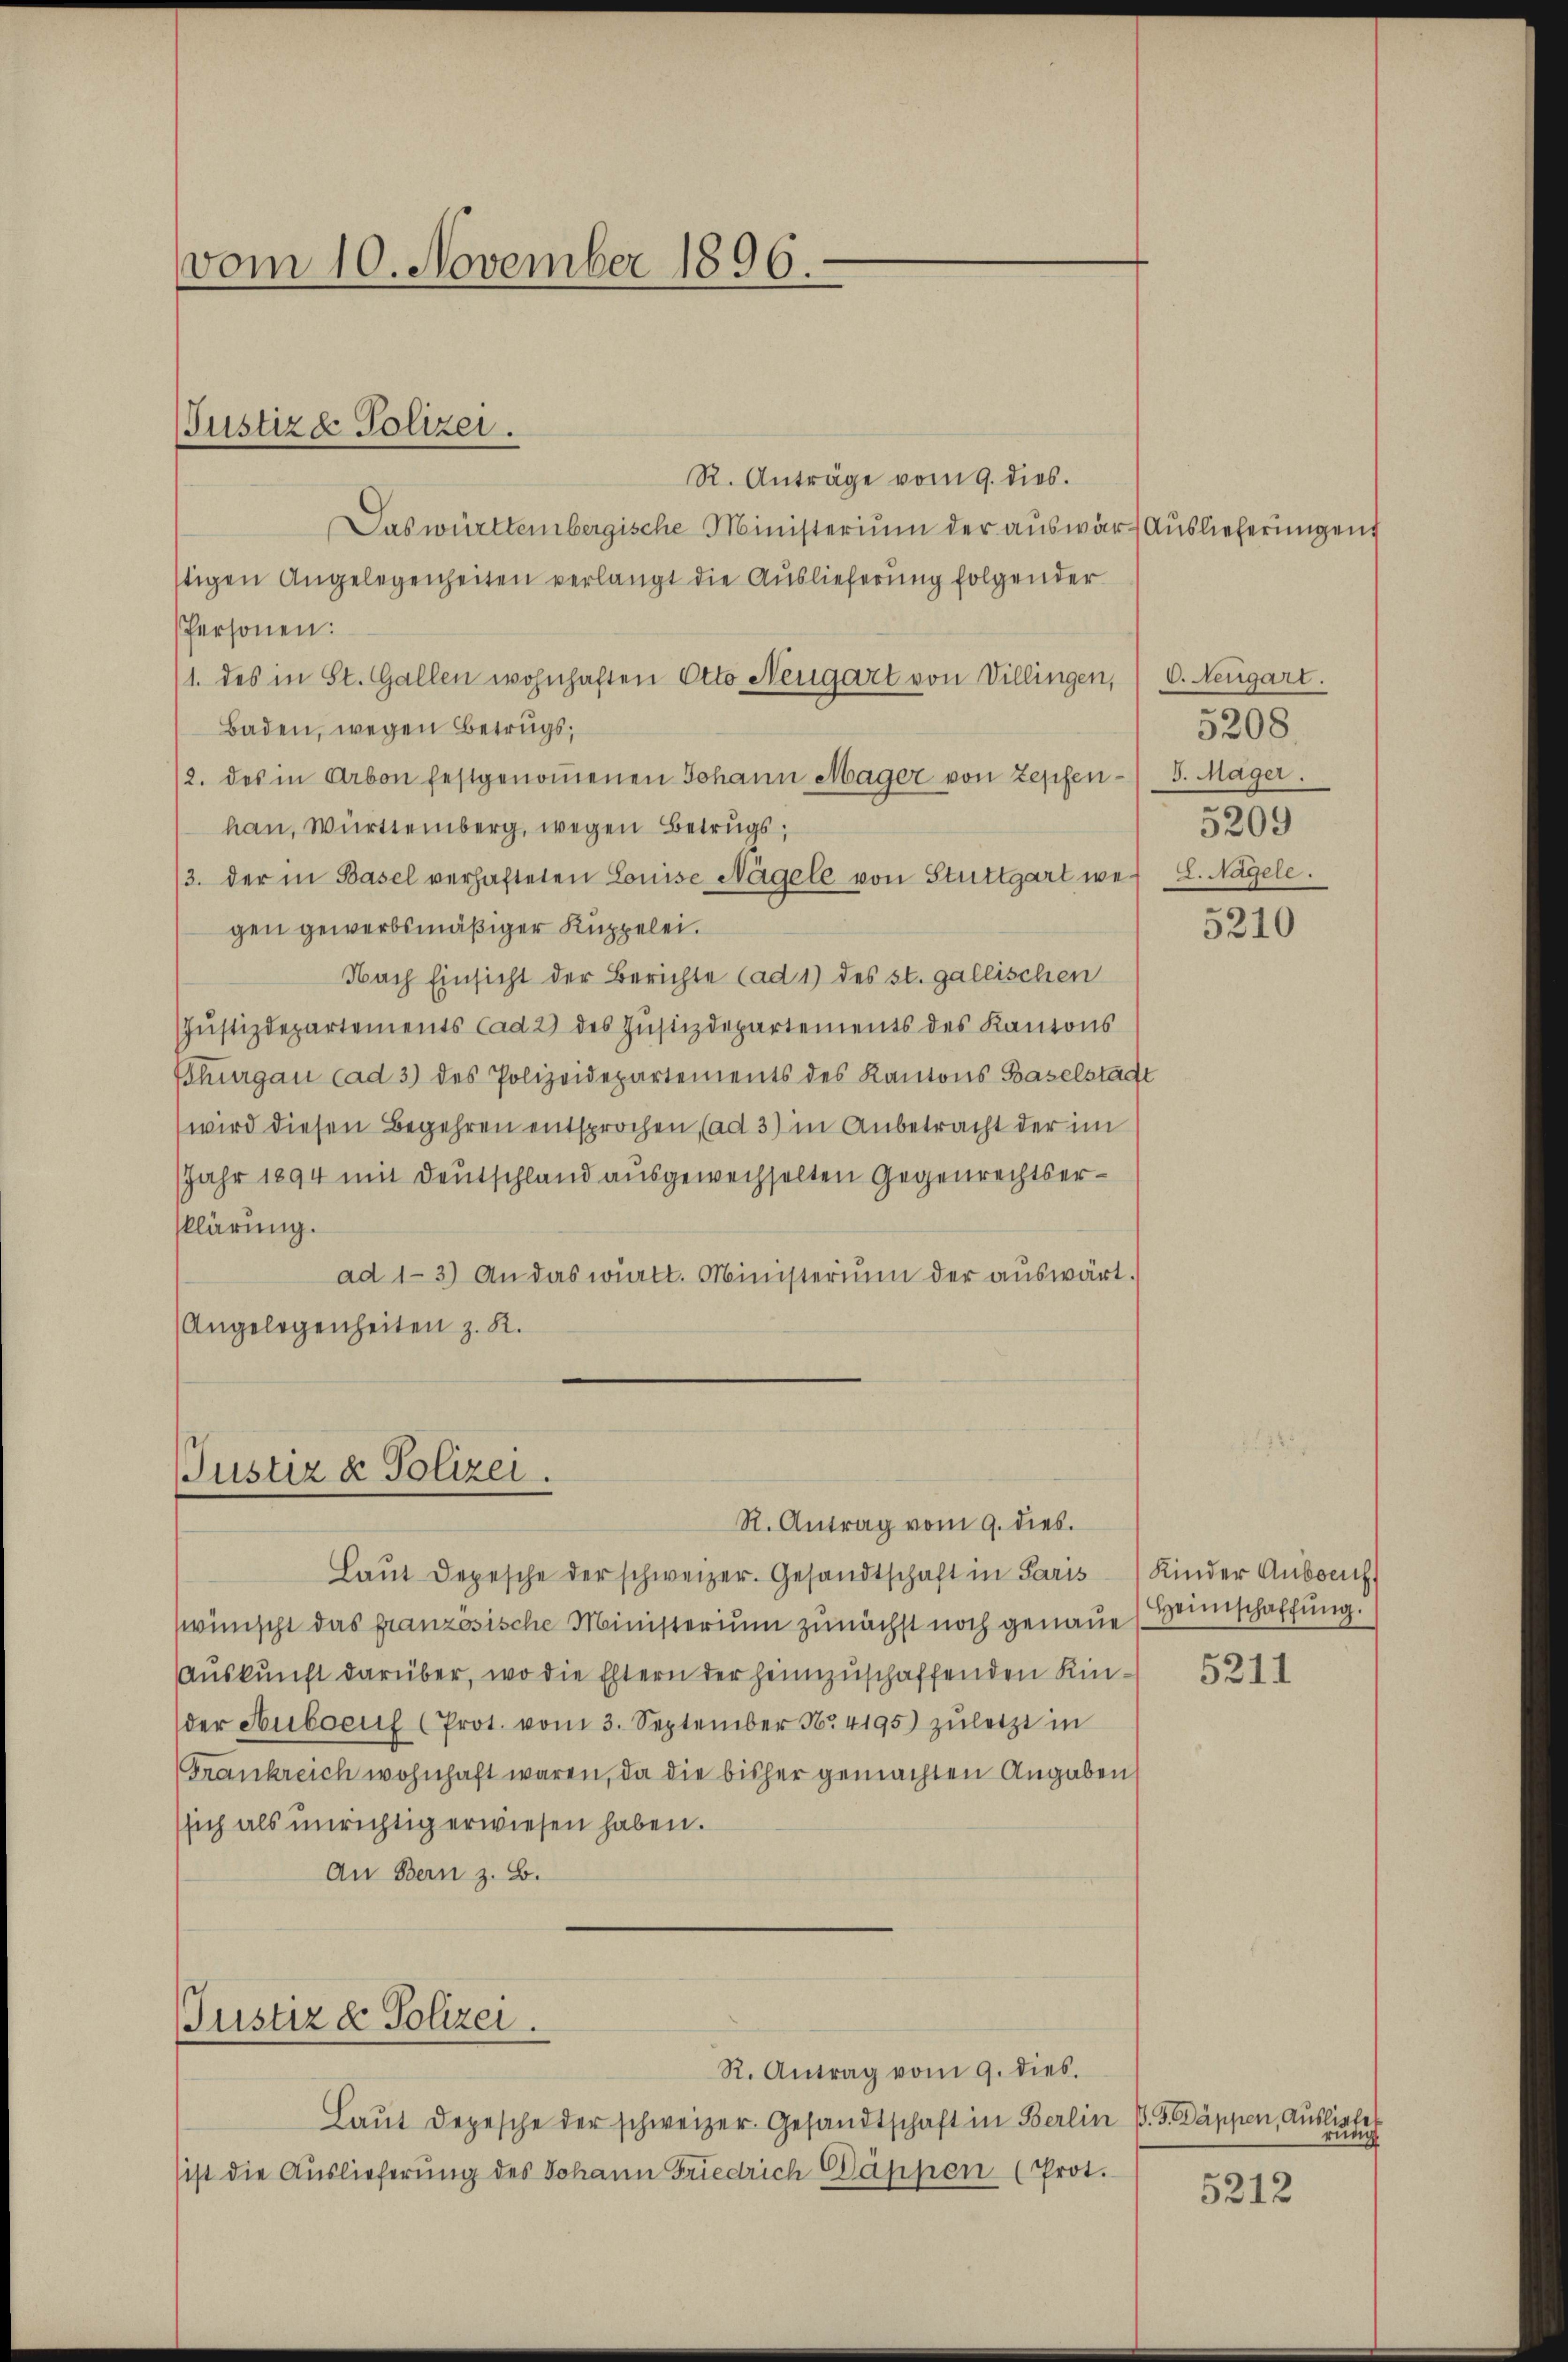
vom 10. November 1896.

R. Anträge vom 9. dies.
Das württembergische Ministerium der auswart Auslieferungen
stigen Angelegenheiten verlangt die Auslieferung folgender
Personen:
(1. des in St. Gallen wohnhaften Otto Neugart von Villingen, 6. Neugart.
Baden, wegen Betrugs,
12. des in Arbon festgenoṁenen Johann Mager von Zepfenhan, Württemberg, wegen Betrugs,
/3. der in Basel verhafteten Louise Nägele von Stuttgart wegen gewerbsmäßiger Kuppelei.
Nach Einsicht der Berichte (ad 1) des st. gallischen
Jŭstizdepartements Cad 2) des Justizdepartements des Kantons
Thurgau cad 3) des Polizeidepartements des Kantons Baselstadt
wird diesen Begehren entsprochen (ad 3) in Anbetracht der im
JJahr 1894 mit Deutschland ausgewechselten Gegenrechtserklärung.
ad 1-3) An das württ. Ministerium der aŭswärt.
Angelegenheiten z. R.

Justiz & Polizei.

Justiz & Polizei.
R. Antrag vom 9. dies

Laŭt Depesche der schweizer. Gesandtschaft in Paris Kinder Ansuch
wünscht das französische Ministerium zunächst noch genaue Heimschaffung.
Auskunft darüber, wo die Eltern der heimzuschaffenden Kinder Aubocus (Prot. vom 3. September Nr. 4195) zuletzt in
Frankreich wohnhaft waren, da die bisher gemachten Angaben
sich als unrichtig erwiesen haben.
An Bern z. B.

Justiz & Polizei.
R. Antrag vom 9. dies.

Laŭt Depesche der schweizer. Gesandtschaft in Berlin P. G. Sappen, ausliefe
sist die Auslieferung des Johann Friedrich Dappen (Prot.

5208.
J. Mager.
5209
L. Nagele.

5210

5211

5212